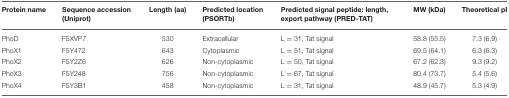
<table><thead><tr><td><b>Protein name</b></td><td><b>Sequence accession (Uniprot)</b></td><td><b>Length (aa)</b></td><td><b>Predicted location (PSORTb)</b></td><td><b>Predicted signal peptide: length, export pathway (PRED-TAT)</b></td><td><b>MW (kDa)</b></td><td><b>Theoretical pI</b></td></tr></thead><tbody><tr><td>PhoD</td><td>F5XVP7</td><td>530</td><td>Extracellular</td><td>L = 31, Tat signal</td><td>58.8 (55.5)</td><td>7.3 (6.9)</td></tr><tr><td>PhoX1</td><td>F5Y472</td><td>643</td><td>Cytoplasmic</td><td>L = 51, Tat signal</td><td>69.5 (64.1)</td><td>6.3 (6.3)</td></tr><tr><td>PhoX2</td><td>F5Y2Z6</td><td>626</td><td>Non-cytoplasmic</td><td>L = 50, Tat signal</td><td>67.2 (62.3)</td><td>9.3 (9.2)</td></tr><tr><td>PhoX3</td><td>F5Y248</td><td>756</td><td>Non-cytoplasmic</td><td>L = 67, Tat signal</td><td>80.4 (73.7)</td><td>5.4 (5.6)</td></tr><tr><td>PhoX4</td><td>F5Y3B1</td><td>458</td><td>Non-cytoplasmic</td><td>L = 31, Tat signal</td><td>48.9 (45.7)</td><td>5.3 (4.9)</td></tr></tbody></table>